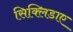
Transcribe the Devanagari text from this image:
सिक्लिडाए